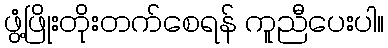
ဖွံ့ဖြိုးတိုးတက်စေရန် ကူညီပေးပါ။